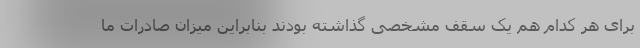
برای هر کدام هم یک سقف مشخصی گذاشته بودند بنابراین میزان صادرات ما